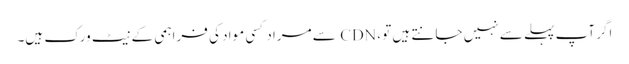
اگر آپ پہلے سے نہیں جانتے ہیں تو ، CDN سے مراد کسی مواد کی فراہمی کے نیٹ ورک ہیں۔